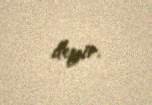
deyir.